Lunatic asylums United Provinces 1899-1908 - 1899-1908
Year: 1899
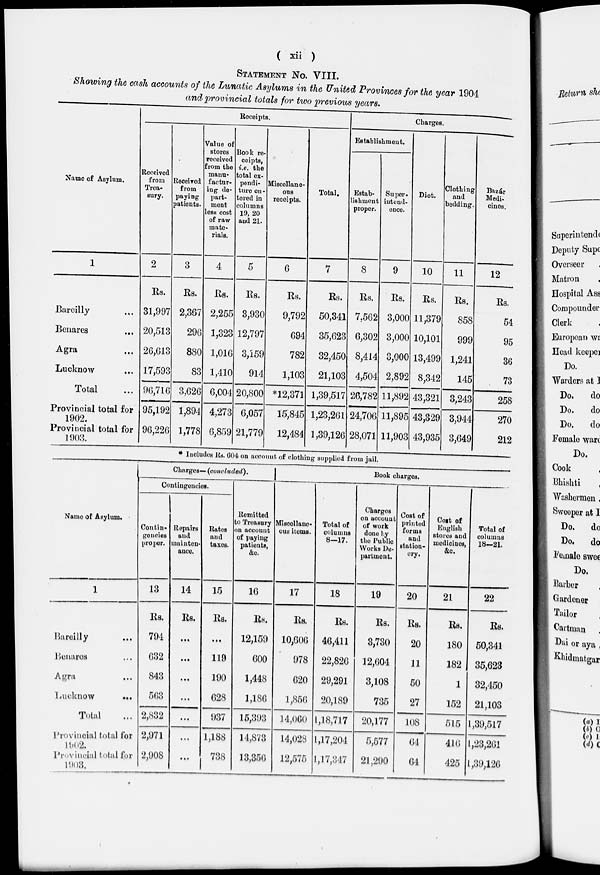
( xii )
STATEMENT No. VIII.
Showing the cash accounts of the Lunatic Asylums in the United Provinces for the year 1904
and provincial totals for two previous years.
Name of Asylum.
1
Bareilly ...
Benares
...
Agra ...
Lucknow ...
Total ...
Provincial total for
1902.
Provincial total for
1903.
Receipts.
Received
from
Trea-
sury.
2
Rs.
31,997
20,513
26,613
17,592
96,716
95,192
96,226
Received
from
paying
patients.
3
Rs.
2,367
296
880
83
3,626
1,894
1,778
Value of
stores
received
from the
manu¬
factur-
ing de-
part-
ment
less cost
of raw
mate-
rials.
4
Rs.
2,255
1,323
1,016
1,410
6,004
4,273
6,859
Book re-
ceipts,
i.e. the
total ex¬
pendi¬
ture en¬
tered in
columns
19,20
and 21.
5
Rs.
3,930
12,797
3,159
914
20,806
6,057
21,779
Miscellane-
ous
receipts.
6
Rs.
9,792
694
782
1,103
*12,371
15,845
12,484
Total.
7
Rs.
50,341
35,623
32,450
21,103
1,39,517
1,23,261
1,39,126
Charges.
Establishment.
Estab-
lishment
proper.
8
Rs.
7,562
6,302
8,414
4,504
26,782
24,706
28,071
Super-
intend¬
ence.
9
Rs.
3,000
3,000
3,000
2,892
11,892
11,895
11,903
Diet.
10
Rs.
11,379
10,101
13,499
8,342
43,321
43,329
43,935
Clothing
and
bedding.
11
Rs.
858
999
1,241
145
3,243
3,944
3,649
Bazár
Medi¬
cines.
12
Rs.
54
95
36
73
258
270
212
* Includes Rs. 604 on account of clothing supplied from jail.
Name of Asylum.
1
Bareilly ...
Benares ...
Agra ...
Lucknow
...
Total ...
Provincial total for
l902.
provincial total for
1903.
Charges— (concluded).
Contingencies.
Contin-
gencies
proper.
13
Rs.
794
632
843
563
2,832
2,971
2,908
Repairs
and
mainten¬
ance.
14
Rs.
...
...
...
...
...
l902.
...
Rates
and
taxes.
15
Rs.
...
119
190
628
937
1,188
738
Remitted
to Treasury
on account
of paying
patients,
&c.
16
Rs.
12,159
600
1,448
1,186
15,393
14,873
13,356
Book charges.
Miscellane-
ous items.
17
Rs.
10,606
978
620
1,856
14,060
14,028
12,575
Total of
columns
8—17.
18
Rs.
46,411
22,826
29,291
20,189
1,18,717
1,17,204
l,17,347
Charges
on account
of work
done by
the Public
Works De¬
partment.
19
Rs.
3,730
12,604
3,108
735
20,177
5,577
21,290
Cost of
printed
forms
and
station-
ery.
20
Rs.
20
11
50
27
108
64
64
Cost of
English
stores and
medicines.
21
Rs.
180
182
1
152
515
416
425
Total of
columns
18-21.
22
Rs.
50,341
35,623
32,450
21,103
1,39,517
1,23,261
1,39,126